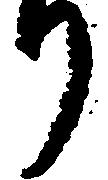
り